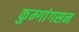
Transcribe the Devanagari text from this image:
कुम्गांगसन